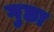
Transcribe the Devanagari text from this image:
गुछा